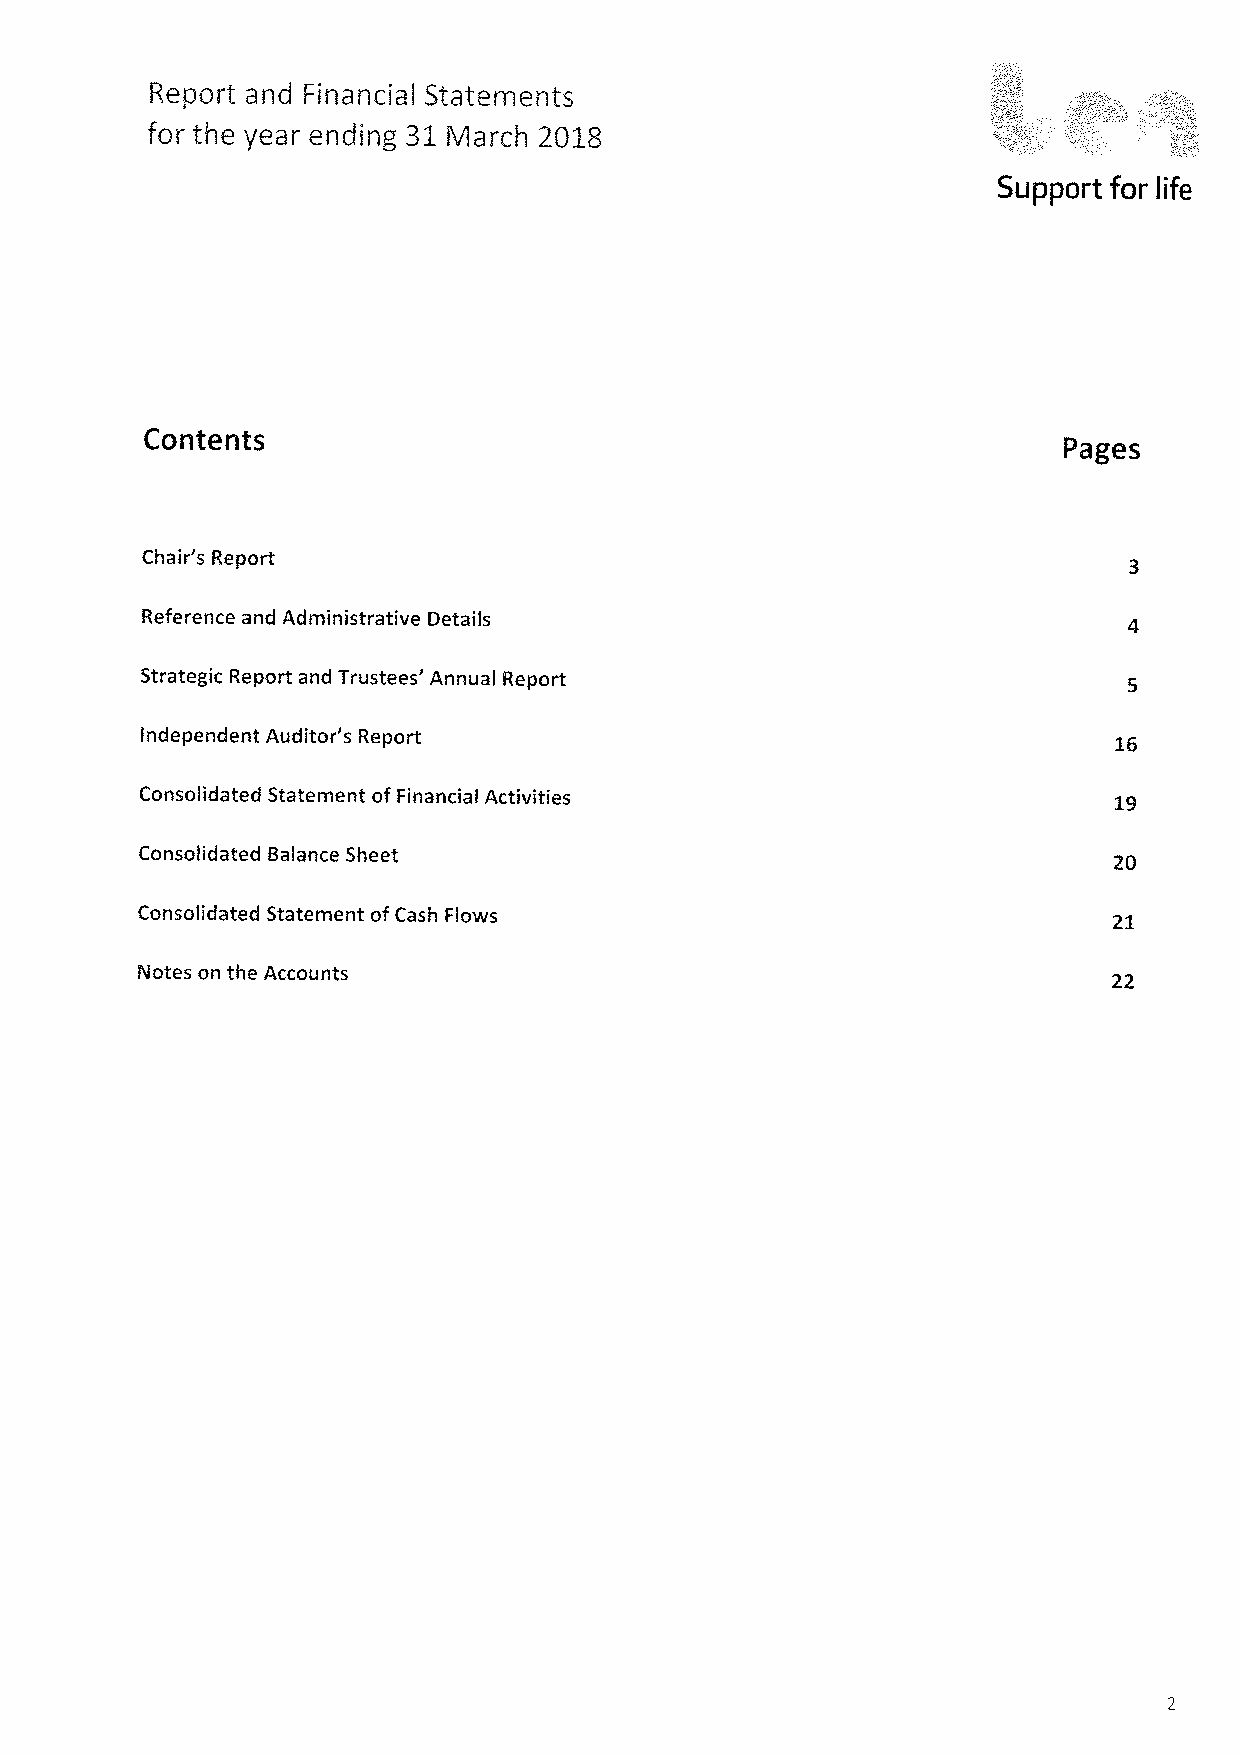
Report and Financial Statements
 for the year ending 31 March 20j.8
 Support for
 knife
 Contents
 Pages
 Chair's Report
 Reference and Administrative Details
 Strategic Report and Trustees' Annual Report
 Inde pendent Auditor's Report
 Consolidated Statement ofFinancial Activities
 Consolidated Balance Sheet
 Consolidated Statement ofCash Flows
 Notes on the Accounts
 22